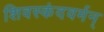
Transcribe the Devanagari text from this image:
शिवस्कंदवर्मन्